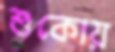
শুকোয়